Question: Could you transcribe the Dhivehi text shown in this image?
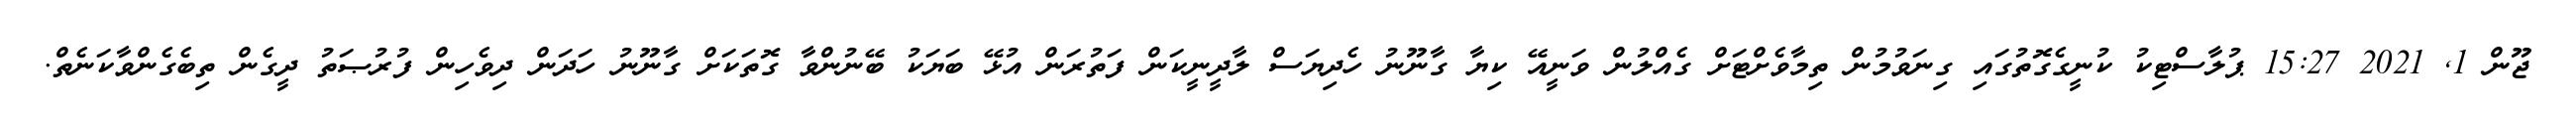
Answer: ޖޫން 1, 2021 15:27 ޕުލާސްޓިކު ކުނީގެގޮތުގައި ގިނަވުމުން ތިމާވެށްޓަށް ގެއްލުން ވަނީއޭ ކިޔާ ގާނޫނު ހެދިޔަސް ލާދީނީކަން ފަތުރަން އުޅޭ ބަޔަކު ބޭނުންވާ ގޮތަކަށް ގާނޫނު ހަދަން ދިވެހިން ފުރުޞަތު ދީގެން ތިބެގެންވާކަނެތް.